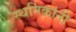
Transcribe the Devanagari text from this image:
स्थनिकांनी